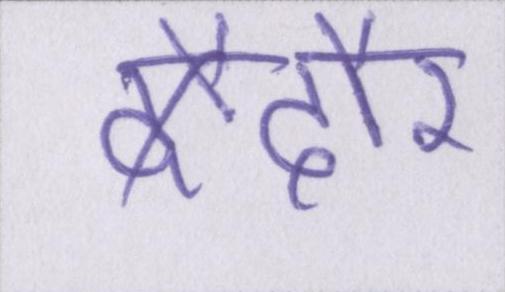
दौर